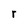
Character: r